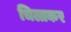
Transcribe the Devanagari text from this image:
चिलाकर